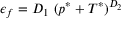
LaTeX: \epsilon _ { f } = D _ { 1 } ~ ( p ^ { * } + T ^ { * } ) ^ { D _ { 2 } }